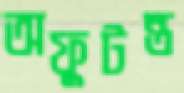
অফুটন্ত